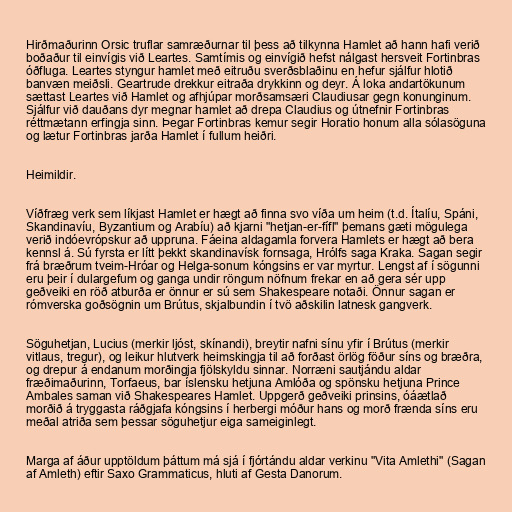
Hirðmaðurinn Orsic truflar samræðurnar til þess að tilkynna Hamlet að hann hafi verið
boðaður til einvígis við Leartes. Samtímis og einvígið hefst nálgast hersveit Fortinbras
óðfluga. Leartes styngur hamlet með eitruðu sverðsblaðinu en hefur sjálfur hlotið
banvæn meiðsli. Geartrude drekkur eitraða drykkinn og deyr. Á loka andartökunum
sættast Leartes við Hamlet og afhjúpar morðsamsæri Claudiusar gegn konunginum.
Sjálfur við dauðans dyr megnar hamlet að drepa Claudius og útnefnir Fortinbras
réttmætann erfingja sinn. Þegar Fortinbras kemur segir Horatio honum alla sólasöguna
og lætur Fortinbras jarða Hamlet í fullum heiðri.

Heimildir.

Víðfræg verk sem líkjast Hamlet er hægt að finna svo víða um heim (t.d. Ítalíu, Spáni,
Skandinavíu, Byzantium og Arabíu) að kjarni "hetjan-er-fífl" þemans gæti mögulega
verið indóevrópskur að uppruna. Fáeina aldagamla forvera Hamlets er hægt að bera
kennsl á. Sú fyrsta er lítt þekkt skandinavísk fornsaga, Hrólfs saga Kraka. Sagan segir
frá bræðrum tveim-Hróar og Helga-sonum kóngsins er var myrtur. Lengst af í sögunni
eru þeir í dulargefum og ganga undir röngum nöfnum frekar en að gera sér upp
geðveiki en röð atburða er önnur er sú sem Shakespeare notaði. Önnur sagan er
rómverska goðsögnin um Brútus, skjalbundin í tvö aðskilin latnesk gangverk.

Söguhetjan, Lucius (merkir ljóst, skínandi), breytir nafni sínu yfir í Brútus (merkir
vitlaus, tregur), og leikur hlutverk heimskingja til að forðast örlög föður síns og bræðra,
og drepur á endanum morðingja fjölskyldu sinnar. Norræni sautjándu aldar
fræðimaðurinn, Torfaeus, bar íslensku hetjuna Amlóða og spönsku hetjuna Prince
Ambales saman við Shakespeares Hamlet. Uppgerð geðveiki prinsins, óáætlað
morðið á tryggasta ráðgjafa kóngsins í herbergi móður hans og morð frænda síns eru
meðal atriða sem þessar söguhetjur eiga sameiginlegt.

Marga af áður upptöldum þáttum má sjá í fjórtándu aldar verkinu "Vita Amlethi" (Sagan
af Amleth) eftir Saxo Grammaticus, hluti af Gesta Danorum.